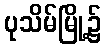
ပုသိမ်မြို့၌